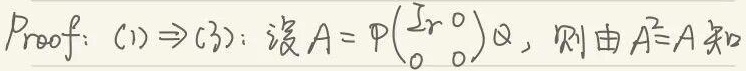
Proof: $(1)\Rightarrow(3)$: 设$A = P\begin{pmatrix}I_r&0\\0&0\end{pmatrix}Q$, 则由$A^2 = A$知